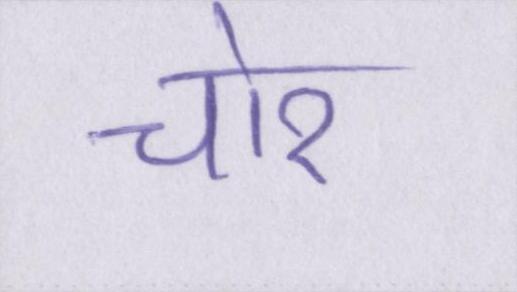
चोर